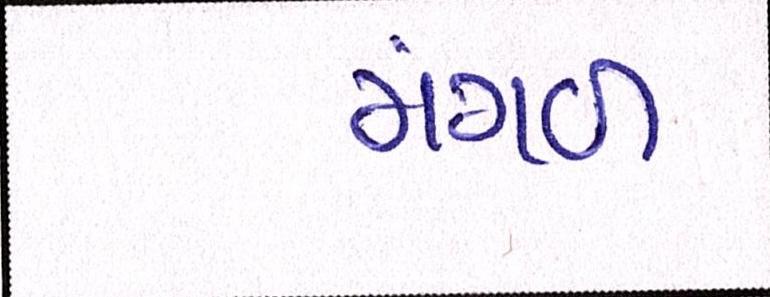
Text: મંગળ